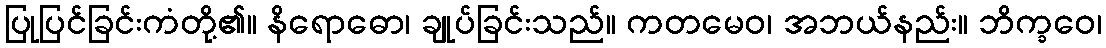
ပြုပြင်ခြင်းကံတို့၏။ နိရောဓော၊ ချုပ်ခြင်းသည်။ ကတမေဝ၊ အဘယ်နည်း။ ဘိက္ခဝေ၊